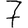
Digit: 7